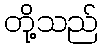
တို့သည်